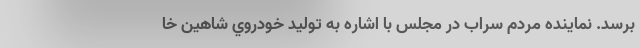
برسد. نماینده مردم سراب در مجلس با اشاره به توليد خودروي شاهين خا